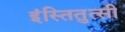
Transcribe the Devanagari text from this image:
इंस्तितुत्सी